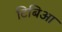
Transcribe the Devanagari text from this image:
टिबिआ